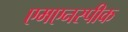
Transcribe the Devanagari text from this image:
एमएनस्पीक